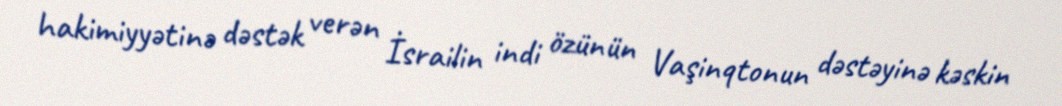
hakimiyyətinə dəstək verən İsrailin indi özünün Vaşinqtonun dəstəyinə kəskin